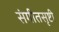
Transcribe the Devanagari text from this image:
संगीतसृष्टी